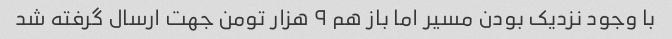
با وجود نزدیک بودن مسیر اما باز هم ٩ هزار تومن جهت ارسال گرفته شد